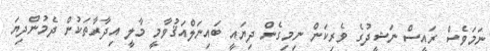
ނަމަވެސް ރައީސް ނަޝީދުގެ ވެރިކަން ނިމިގެން ދިޔައީ ބައިނަލްއަޤުވާމީ މާލީ އިދާރާތަކުން ދެމުންދިޔަ